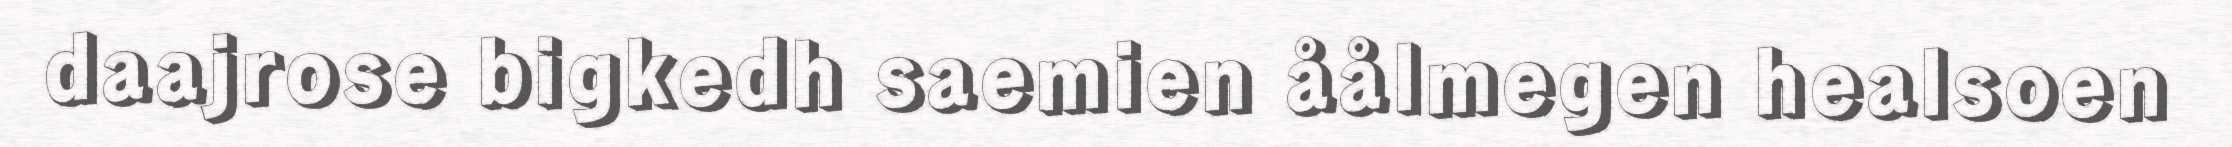
daajrose bigkedh saemien åålmegen healsoen